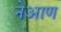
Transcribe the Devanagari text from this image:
नेआण